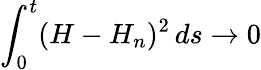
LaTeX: \int_{0}^{t}(H-H_{n})^{2}\, ds\to 0